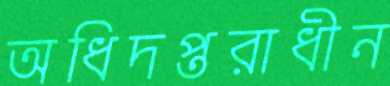
অধিদপ্তরাধীন